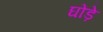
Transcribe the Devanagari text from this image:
घोंड़े